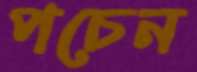
পচেন